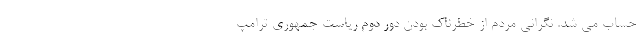
حساب می شد. نگرانی مردم از خطرناک بودن دور دوم ریاست جمهوری ترامپ